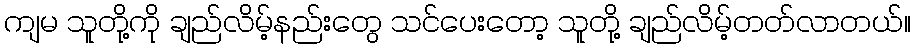
ကျမ သူတို့ကို ချည်လိမ့်နည်းတွေ သင်ပေးတော့ သူတို့ ချည်လိမ့်တတ်လာတယ်။